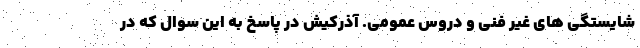
شایستگی های غیر فنی و دروس عمومی. آذرکیش در پاسخ به این سوال که در